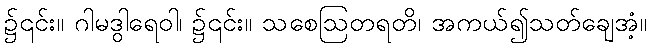
၌၎င်း။ ဂါမဒွါရေဝါ၊ ၌၎င်း။ သစေဩတရတိ၊ အကယ်၍သတ်ချေအံ့။